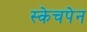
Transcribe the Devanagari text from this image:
स्केचपेन